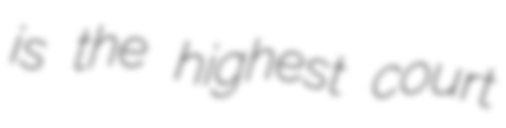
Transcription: is the highest court